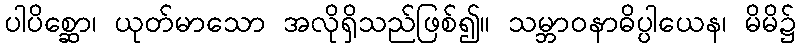
ပါပိစ္ဆော၊ ယုတ်မာသော အလိုရှိသည်ဖြစ်၍။ သမ္ဘာဝနာဓိပ္ပါယေန၊ မိမိ၌